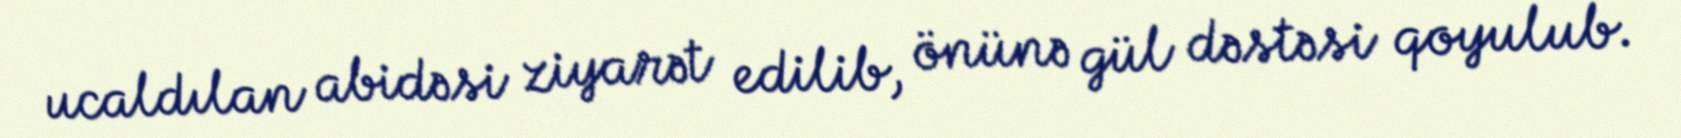
ucaldılan abidəsi ziyarət edilib, önünə gül dəstəsi qoyulub.